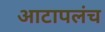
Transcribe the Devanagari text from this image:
आटापलंच